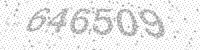
Solution: 646509